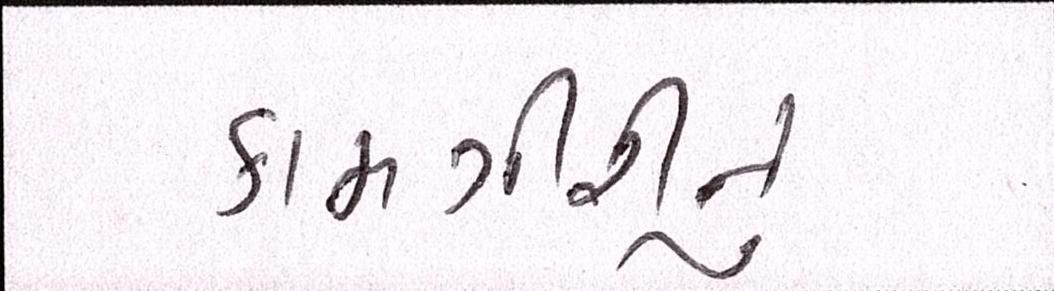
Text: કામગીરીનું